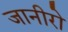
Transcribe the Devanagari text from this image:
जानीरो